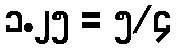
၁.၂၅ = ၅/၄